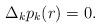
LaTeX: \begin{align*}\Delta_k p_k(r) = 0.\end{align*}